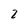
Character: 2